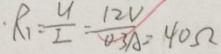
R _ { 1 } = \frac { U } { I } = \frac { 1 2 V } { 0 . 3 A } = 4 0 \Omega